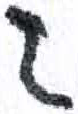
אות: ג